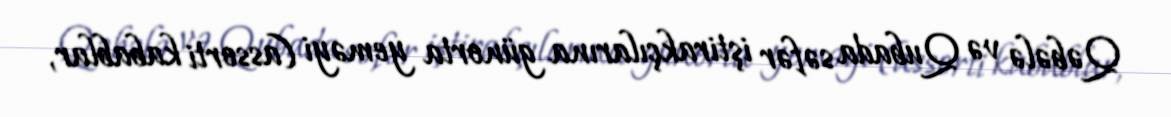
Qəbələ və Qubada səfər iştirakçılarına günorta yeməyi (assorti kabablar,